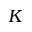
K